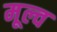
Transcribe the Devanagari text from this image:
मूल्व